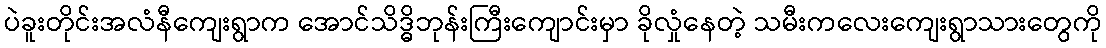
ပဲခူးတိုင်းအလံနီကျေးရွာက အောင်သိဒ္ဓိဘုန်းကြီးကျောင်းမှာ ခိုလှုံနေတဲ့ သမီးကလေးကျေးရွာသားတွေကို